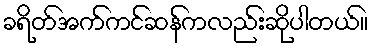
ခရိတ်အက်ကင်ဆန်ကလည်းဆိုပါတယ်။